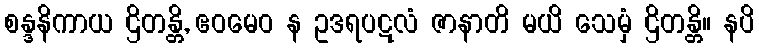
စန္ဒနိကာယ ဌိတန္တိ, ဧဝမေဝ န ဥဒရပဋလံ ဇာနာတိ မယိ သေမှံ ဌိတန္တိ။ နပိ